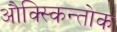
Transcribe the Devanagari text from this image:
औक्स्किन्तोक